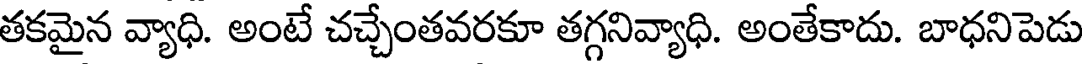
తకమైన వ్యాధి. అంటే చచ్చేంతవరకూ తగ్గనివ్యాధి. అంతేకాదు. బాధనిపెడు